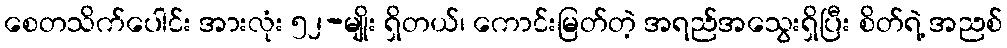
စေတသိက်ပေါင်း အားလုံး ၅၂-မျိုး ရှိတယ်၊ ကောင်းမြတ်တဲ့ အရည်အသွေးရှိပြီး စိတ်ရဲ့ အညစ်